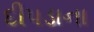
દીપડાના